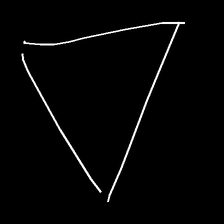
Glyph: convergence